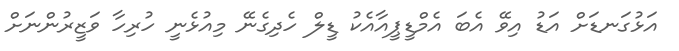
އަޅުގަނޑަށް އަޑު އިވޭ އެބަ އެމްޑީޕީއާއެކު ޑީލް ހެދިގެނޭ މިއުޅެނީ ހުރިހާ ވަޒީރުންނަށް